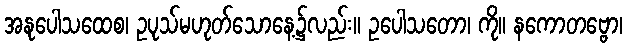
အနုပေါသထေစ၊ ဥပုသ်မဟုတ်သောနေ့၌လည်း။ ဥပေါသတော၊ ကို။ နကောတဗ္ဗော၊